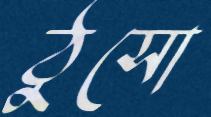
ঠুসো